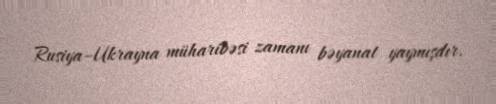
Rusiya–Ukrayna müharibəsi zamanı bəyanat yaymışdır.